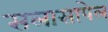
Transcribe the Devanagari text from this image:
सलासापेल